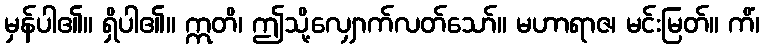
မှန်ပါ၏။ ရှိပါ၏။ ဣတိ၊ ဤသို့လျှောက်လတ်သော်။ မဟာရာဇ၊ မင်းမြတ်။ ကိံ၊